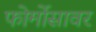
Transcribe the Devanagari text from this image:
फोर्मोसावर